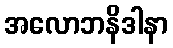
အလောဘနိဒါနာ